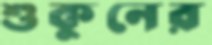
শুকুনের